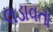
લડાવતા